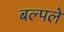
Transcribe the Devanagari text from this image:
बल्पले